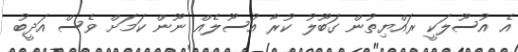
އެ އުސޫލަކީ ރައްޔިތުން ގަބޫލު ކުރާ އުސޫލެއް ނޫން ކަމަށް ވެސް އަދީބު